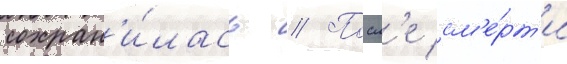
сохран'и́лась // Посл'е см'е́рт'и